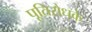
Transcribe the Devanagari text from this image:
पूतिरोधके